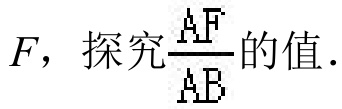
\(F\)，探究\(\frac{AF}{AB}\)的值.